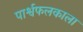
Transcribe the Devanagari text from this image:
पार्श्वफलकाला